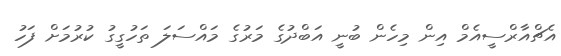
އެޗްއާރްސީއެމް އިން މިހެން ބުނީ އަބްދުގެ މަރުގެ މައްސަލަ ތަހުގީގު ކުރުމަށް ފަހު